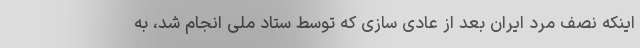
اینکه نصف مرد ایران بعد از عادی سازی که توسط ستاد ملی انجام شد، به